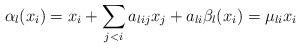
LaTeX: \begin{align*} \alpha_l(x_i)=x_i+\sum_{j<i}a_{lij}x_j+a_{li} \beta_l(x_i)=\mu_{li}x_i\end{align*}